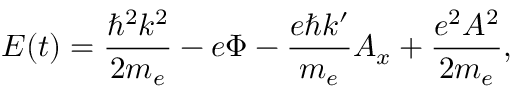
E ( t ) = \frac { \hbar ^ { 2 } k ^ { 2 } } { 2 m _ { e } } - e \Phi - \frac { e \hbar k ^ { \prime } } { m _ { e } } A _ { x } + \frac { e ^ { 2 } A ^ { 2 } } { 2 m _ { e } } ,